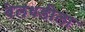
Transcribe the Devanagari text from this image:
बेलधडीला